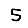
Digit: 5